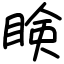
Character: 𥇥